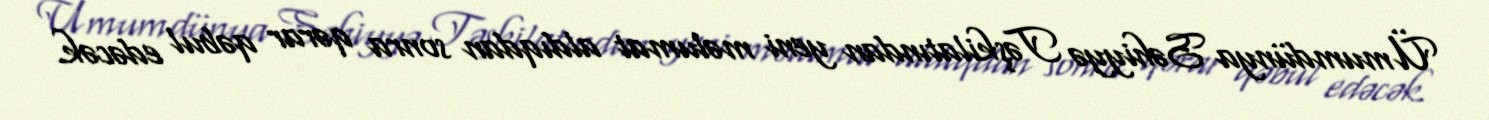
Ümumdünya Səhiyyə Təşkilatından yeni məlumat aldıqdan sonra qərar qəbul edəcək.